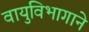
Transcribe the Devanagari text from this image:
वायुविभागाने